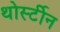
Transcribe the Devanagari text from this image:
थोर्स्टीन